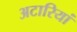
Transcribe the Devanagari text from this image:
अटारियां